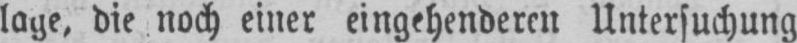
lage, die noch einer eingehenderen Untersuchung